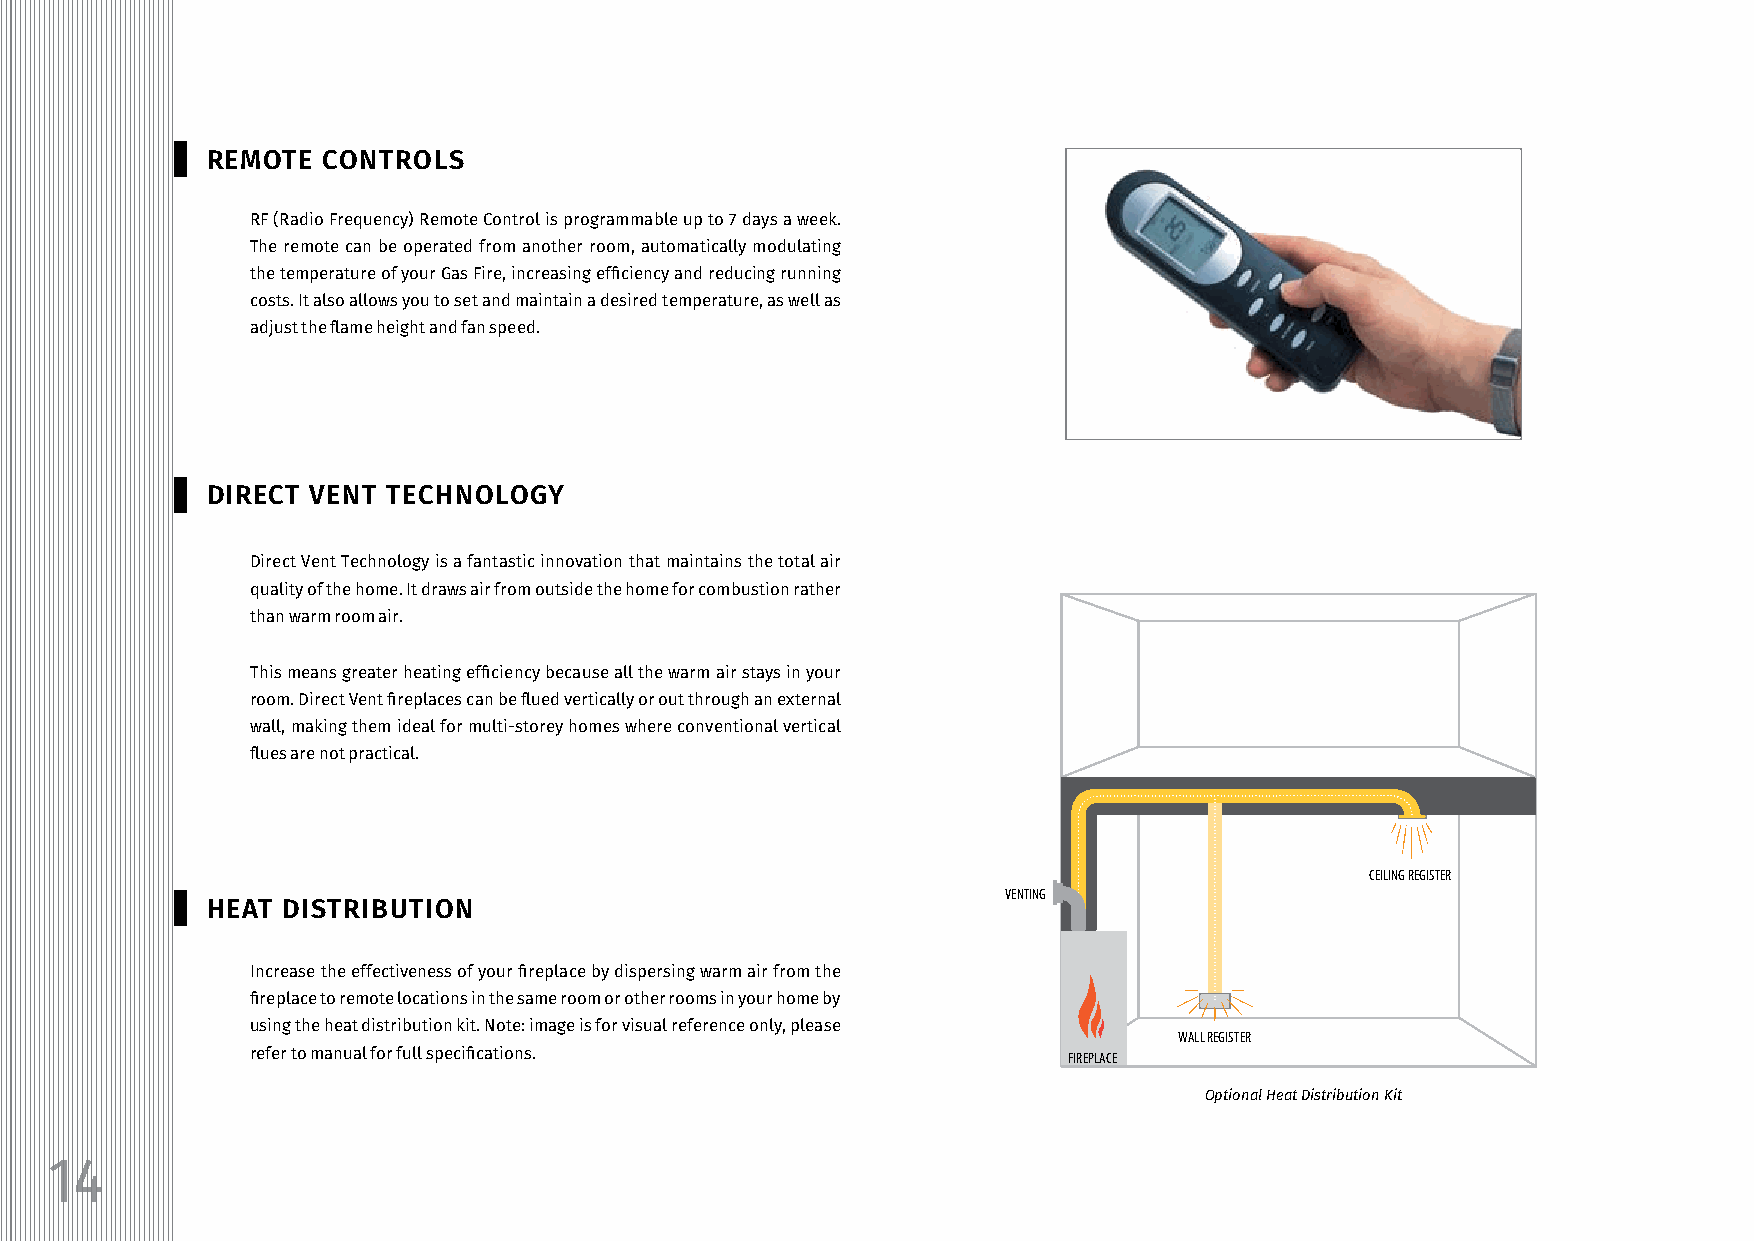
REMOTE CONTROLS
 RF (Radio Frequency) Remote Control is programmable up to 7 days a week.
 The remote can be operated from another room, automatically modulating
 the temperature of your Gas Fire, increasing efficiency and reducing running
 costs. It also allows you to set and maintain a desired temperature, as well as
 adjust the flame height and fan speed.
 DIRECT VENT TECHNOLOGY
 Direct Vent Technology is a fantastic innovation that maintains the total air
 quality of the home. It draws air from outside the home for combustion rather
 than warm room air.
 This means greater heating efficiency because all the warm air stays in your
 room. Direct Vent fireplaces can be flued vertically or out through an external
 wall, making them ideal for multi-storey homes where conventional vertical
 flues are not practical.
 CEILING REGISTER
 VENTING
 HEAT DISTRIBUTION
 Increase the effectiveness of your fireplace by dispersing warm air from the
 fireplace to remote locations in the same room or other rooms in your home by
 using the heat distribution kit. Note: image is for visual reference only, please
 WALL REGISTER
 refer to manual for full specifications.              FIREPLACE
 Optional Heat Distribution Kit
 14